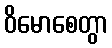
ဝိမောစေတွာ